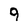
Character: 9